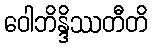
ဝေါဘိန္ဒိဿတီတိ